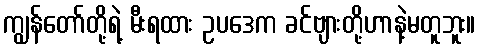
ကျွန်တော်တို့ရဲ့ မီးရထား ဥပဒေက ခင်ဗျားတို့ဟာနဲ့မတူဘူး။